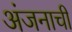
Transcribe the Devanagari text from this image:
अंजनाची